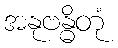
အနုဗန္ဓိတုံ